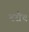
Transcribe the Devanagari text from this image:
बरौंच